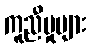
ကူညီမှုများ